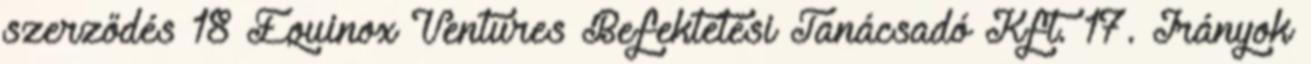
szerződés 18 Equinox Ventures Befektetési Tanácsadó Kft. 17. Irányok